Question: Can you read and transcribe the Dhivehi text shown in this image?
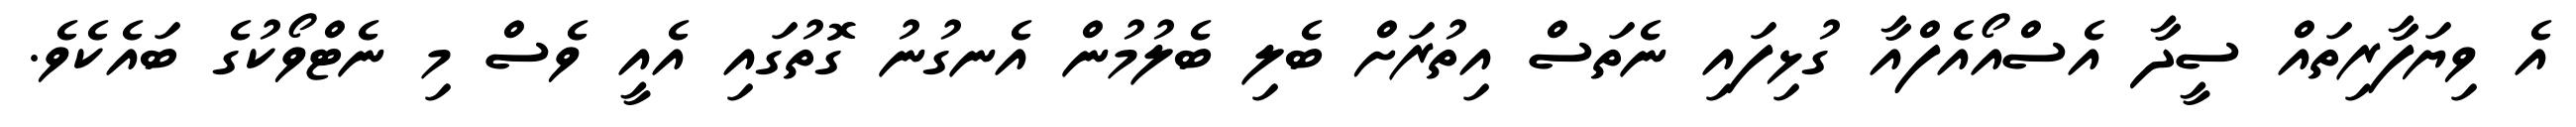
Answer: އެ ވިޔަފާރިތައް ސީދާ އެސްއޯއެފްއާ ގުޅިފައި ނެތަސް އިތުރަށް ބެލި ބެލުމުން އެނގުނު ގޮތުގައި އެއީ ވެސް މި ނެޓްވޯކުގެ ބައެކެވެ.